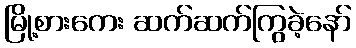
မြို့စားကေး ဆက်ဆက်ကြွခဲ့နော်